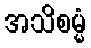
အသိစမ္မံ